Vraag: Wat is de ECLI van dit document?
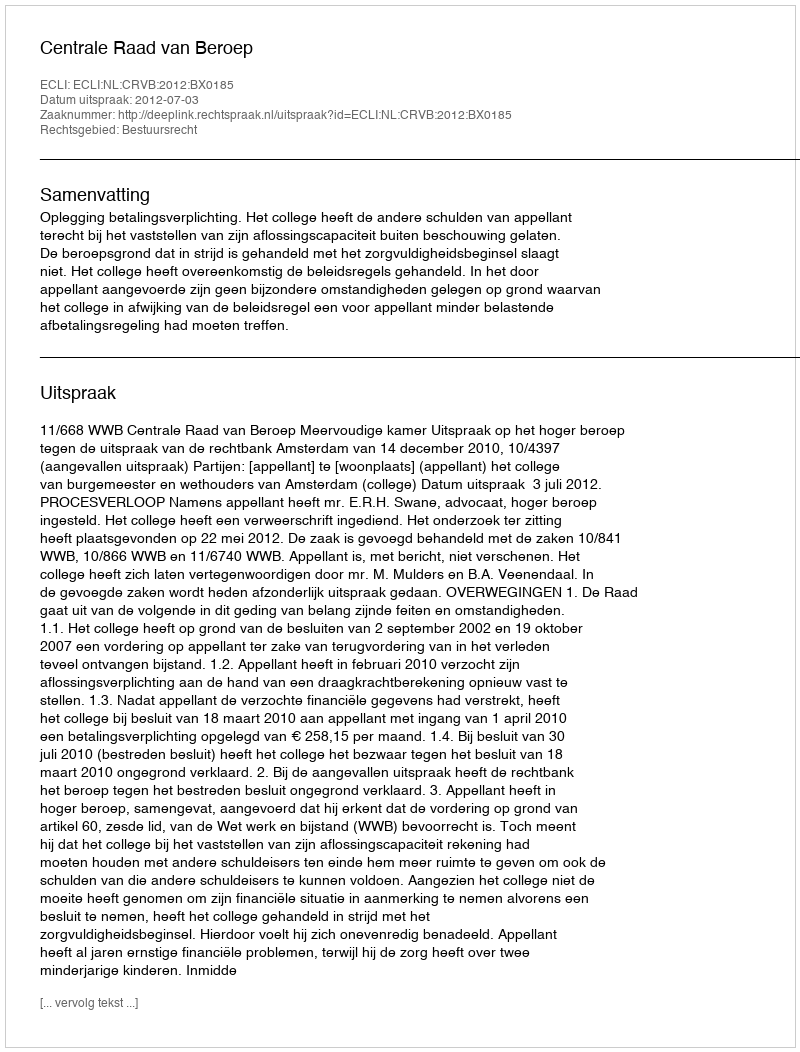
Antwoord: ECLI:NL:CRVB:2012:BX0185